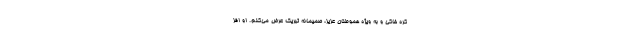
کره خاکی و به ویژه هموطنان عزیز، صمیمانه تبریک عرض می‌کنم. او افز